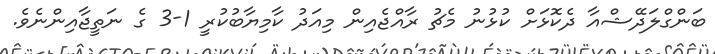
ބަންގްލަދޭޝްއާ ދެކޮޅަށް ކުޅުނު މެޗު ރާއްޖެއިން މިއަދު ކާމިޔާބުކުރީ 1-3 ގެ ނަތީޖާއިންނެވެ.